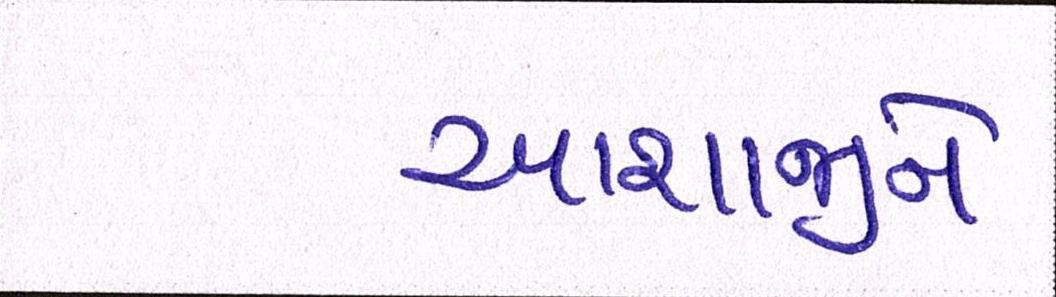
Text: આશાજીને